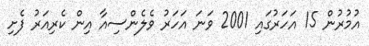
އުމުރުން 15 އަހަރުގައި 2001 ވަނަ އަހަރު ވެލެންސިއާ އިން ކެރިއަރު ފެށި